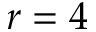
r = 4